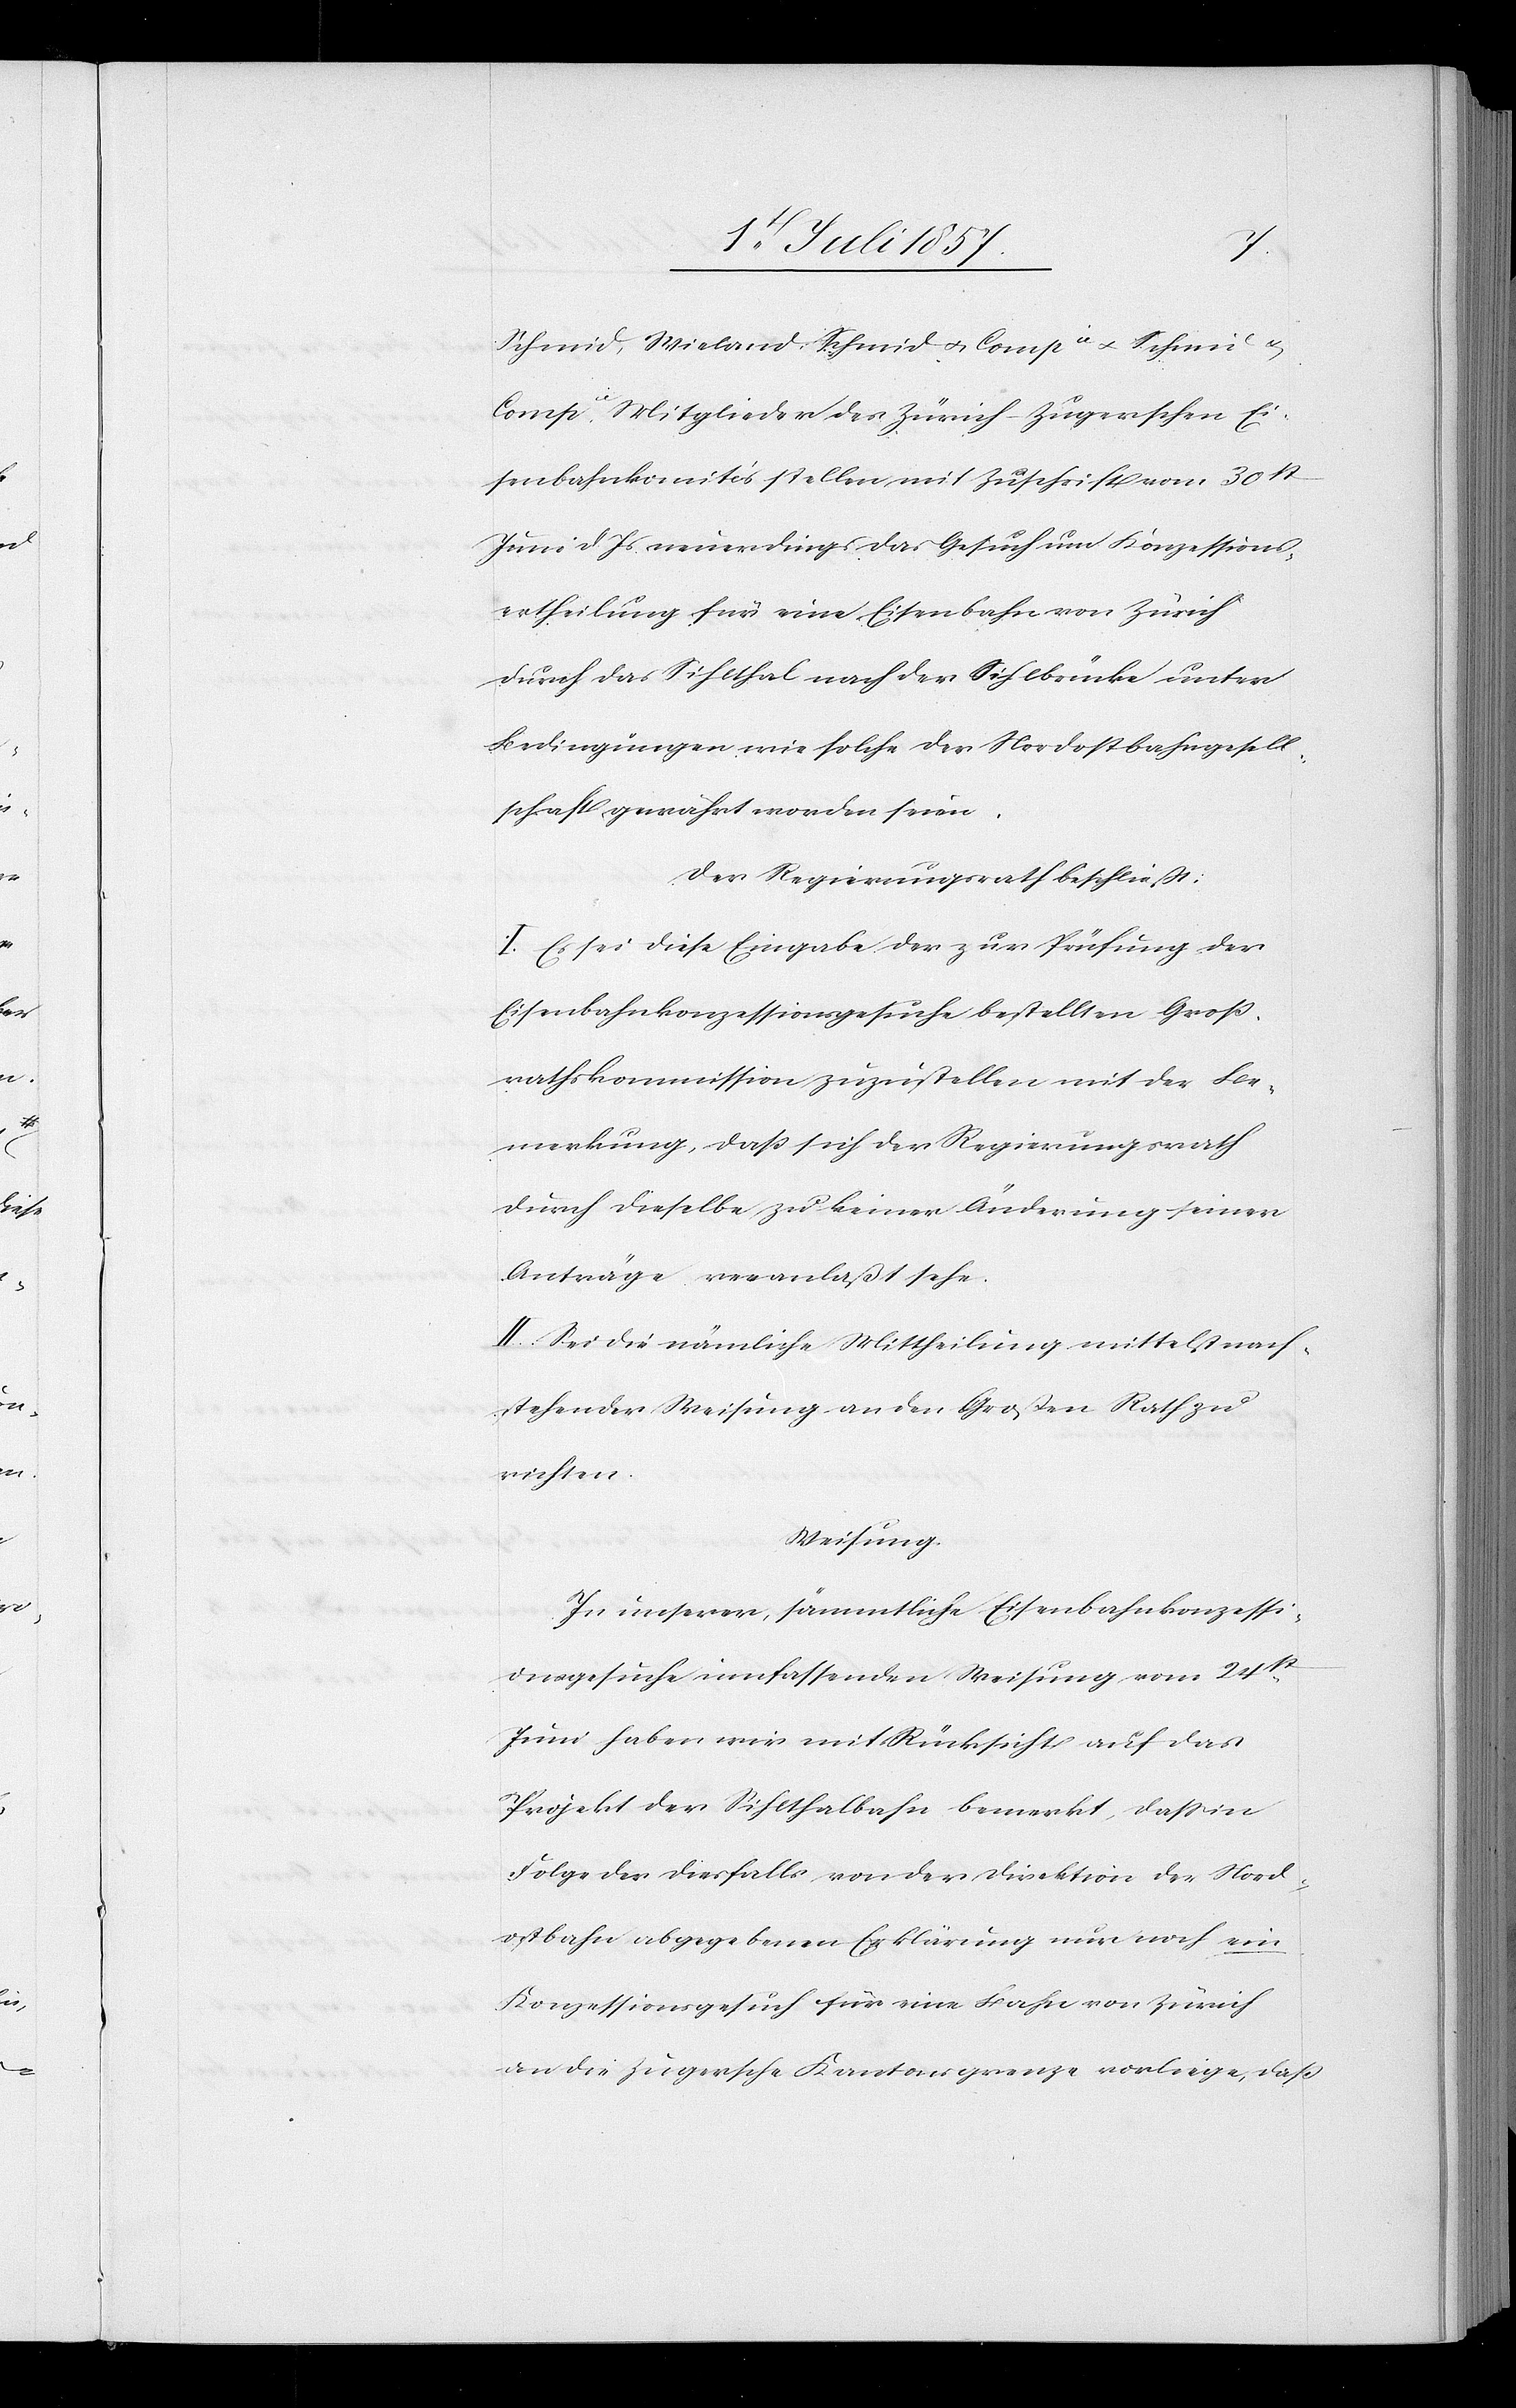
Schmid, Wieland-Schmid & Compie & Schmid &
Compie Mitglieder des Zürich-Zugerschen Ei¬
senbahnkomités stellen mit Zuschrift vom 30st
Juni d. Js. neuerdings das Gesuch um Konzessions¬
ertheilung für eine Eisenbahn von Zürich
durch das Sihlthal nach der Sihlbrücke unter
Bedingungen wie solche der Nordostbahngesell¬
schaft gewährt worden seien.
Der Regierungsrath beschließt:
I. Es sei diese Eingabe der zur Prüfung der
Eisenbahnkonzessionsgesuche bestellten Groß¬
rathskommission zuzustellen mit der Be¬
merkung, daß sich der Regierungsrath
durch dieselbe zu keiner Änderung seiner
Anträge veranlaßt sehe.
II. Sei die nämliche Mittheilung mittelst nach¬
stehender Weisung an den Großen Rath zu
richten.
Weisung.
In unserer, sämmtliche Eisenbahnkonzessi¬
onsgesuche umfassenden Weisung vom 24st
Juni haben wir mit Rücksicht auf das
Projekt der Sihlthalbahn bemerkt, daß in
Folge der diesfalls von der Direktion der Nord¬
ostbahn abgegebenen Erklärung nur noch ein
Konzessionsgesuch für eine Bahn von Zürich
an die Zugerische Kantonsgrenze vorliege, daß